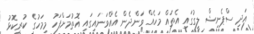
އަދި ސްޕެނިޝް ލީގުގައި އެތައް މަހެއް ވަންދެން އެއްވަނައިގައި އޮތުމަށްފަހު މިމަހުގެ ކުރީކޮޅު